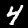
Label: 4